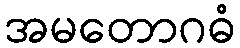
အမတောဂဓံ